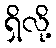
ရှိလို့